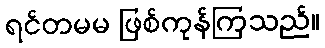
ရင်တမမ ဖြစ်ကုန်ကြသည်။